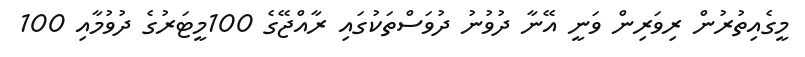
މީގެއިތުރުން ރިވަރިން ވަނީ އޭނާ ދުވުނު ދުވަސްތަކުގައި ރާއްޖޭގެ 100މީޓަރުގެ ދުވުމާއި 100